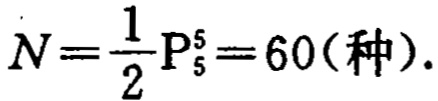
\(N = \frac{1}{2}P_{5}^{5}=60(\text{种}).\)